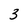
Character: 3